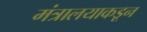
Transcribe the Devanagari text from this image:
मंत्रालयाकडून